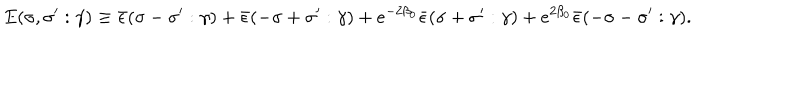
E ( \sigma , \sigma ^ { \prime } : \gamma ) \equiv \bar { \epsilon } ( \sigma - \sigma ^ { \prime } : \gamma ) + \bar { \epsilon } ( - \sigma + \sigma ^ { \prime } : \gamma ) + e ^ { - 2 \beta _ { 0 } } \bar { \epsilon } ( \sigma + \sigma ^ { \prime } : \gamma ) + e ^ { 2 \beta _ { 0 } } \bar { \epsilon } ( - \sigma - \sigma ^ { \prime } : \gamma ) .